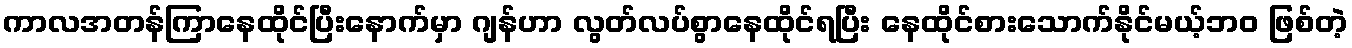
ကာလအတန်ကြာနေထိုင်ပြီးနောက်မှာ ဂျန်ဟာ လွတ်လပ်စွာနေထိုင်ရပြီး နေထိုင်စားသောက်နိုင်မယ့်ဘဝ ဖြစ်တဲ့